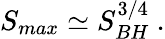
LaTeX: S_{max}\simeq S_{BH}^{3/4}\ .